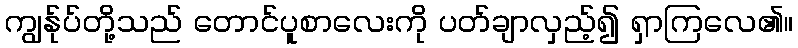
ကျွန်ုပ်တို့သည် တောင်ပူစာလေးကို ပတ်ချာလှည့်၍ ရှာကြလေ၏။